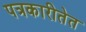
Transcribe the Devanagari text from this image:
पत्रकारीतेत